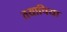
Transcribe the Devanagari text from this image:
तयाचिया